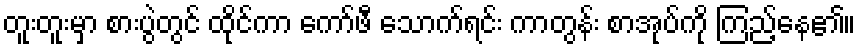
တူးတူးမှာ စားပွဲတွင် ထိုင်ကာ ကော်ဖီ သောက်ရင်း ကာတွန်း စာအုပ်ကို ကြည့်နေ၏။